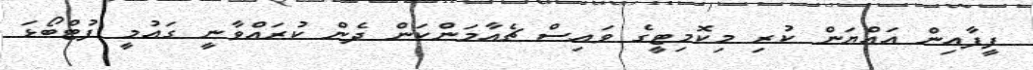
ފީފާއިން އައްޔަން ކުރި މިކޮމިޓީގެ ވައިސް ޗެއާމަންކަން ދެން ކުރައްވާނީ ގައުމީ ފުޓްބޯޅަ